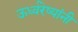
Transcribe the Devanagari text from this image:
ऊर्ध्वरेष्यांनी